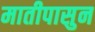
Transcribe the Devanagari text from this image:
मातीपासुन